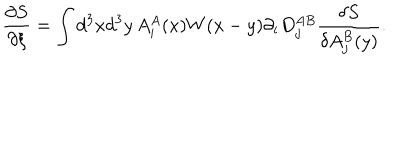
\frac { \partial S } { \partial \xi } = \int d ^ { 3 } x d ^ { 3 } y \, A _ { i } ^ { A } ( x ) W ( x - y ) \partial _ { i } D _ { j } ^ { A B } \frac { \delta S } { \delta A _ { j } ^ { B } ( y ) } .